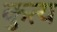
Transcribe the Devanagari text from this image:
कुत्य